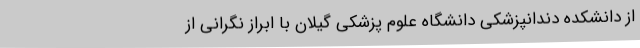
از دانشکده دندانپزشکی دانشگاه علوم پزشکی گیلان با ابراز نگرانی از